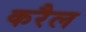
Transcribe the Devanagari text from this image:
करैल